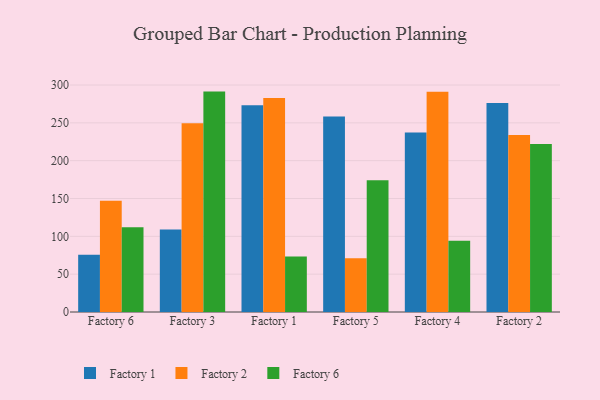
{"axis": {"x": "Factory", "y": "Demand Index"}, "legend": ["Factory 1", "Factory 2", "Factory 6"], "data": [{"x": "Factory 6", "y": 75.8, "type": "Factory 1"}, {"x": "Factory 6", "y": 147.0, "type": "Factory 2"}, {"x": "Factory 6", "y": 111.9, "type": "Factory 6"}, {"x": "Factory 3", "y": 109.2, "type": "Factory 1"}, {"x": "Factory 3", "y": 249.4, "type": "Factory 2"}, {"x": "Factory 3", "y": 291.3, "type": "Factory 6"}, {"x": "Factory 1", "y": 273.1, "type": "Factory 1"}, {"x": "Factory 1", "y": 282.9, "type": "Factory 2"}, {"x": "Factory 1", "y": 73.2, "type": "Factory 6"}, {"x": "Factory 5", "y": 258.3, "type": "Factory 1"}, {"x": "Factory 5", "y": 70.9, "type": "Factory 2"}, {"x": "Factory 5", "y": 174.2, "type": "Factory 6"}, {"x": "Factory 4", "y": 237.4, "type": "Factory 1"}, {"x": "Factory 4", "y": 291.1, "type": "Factory 2"}, {"x": "Factory 4", "y": 94.1, "type": "Factory 6"}, {"x": "Factory 2", "y": 276.1, "type": "Factory 1"}, {"x": "Factory 2", "y": 234.1, "type": "Factory 2"}, {"x": "Factory 2", "y": 221.9, "type": "Factory 6"}]}